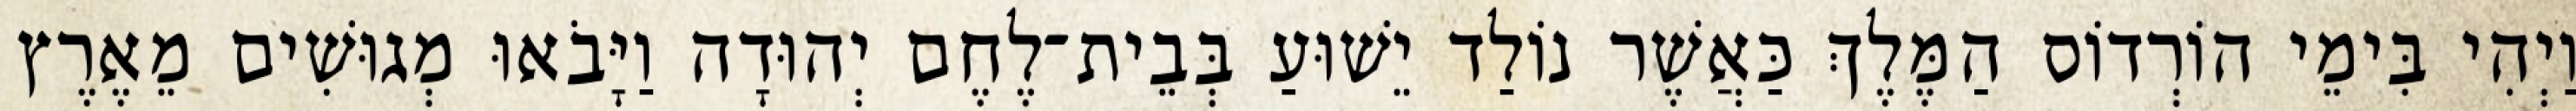
וַיְהִי בִּימֵי הוֹרְדוֹס הַמֶּלֶךְ כַּאֲשֶׁר נוֹלַד יֵשׁוּעַ בְּבֵית־לֶחֶם יְהוּדָה וַיָּבֹאוּ מְגוּשִׁים מֵאֶרֶץ